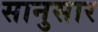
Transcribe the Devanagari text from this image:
सानुसार